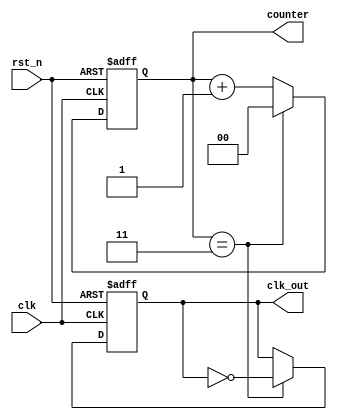
module frequency_divider #(
    parameter N = 4   // Division factor
)(
    input wire clk,        // Clock input
    input wire rst_n,      // Active-low reset input
    output reg clk_out,    // Divided clock output
    output reg [$clog2(N)-1:0] counter // Current count value
);

    // Initialize the counter and the output clock
    initial begin
        counter = 0;
        clk_out = 0;
    end

    // Synchronous process
    always @(posedge clk or negedge rst_n) begin
        if (!rst_n) begin
            // Reset condition
            counter <= 0;
            clk_out <= 0;
        end else begin
            // Increment the counter
            if (counter == N - 1) begin
                counter <= 0;                  // Reset counter
                clk_out <= ~clk_out;           // Toggle output clock
            end else begin
                counter <= counter + 1;        // Increment counter
            end
        end
    end

endmodule